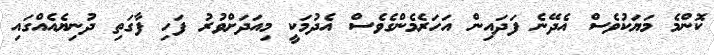
ކޮންމެ މަޔަކުވެސް އެދޭނެ ފަދައިން އަހަރެމެންގެވެސް އެދުމަކީ މިއަދަށްވުރު ފަހި ފާގަތި ދުނިޔެއެއްގައި